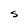
Character: S